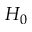
H _ { 0 }